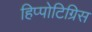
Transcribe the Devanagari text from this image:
हिप्पोटिग्रिस